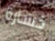
خسارة